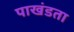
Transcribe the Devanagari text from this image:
पाखंडता